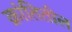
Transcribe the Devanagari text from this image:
क्रांतितील